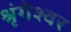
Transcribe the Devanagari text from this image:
श्रृंगेश्वर